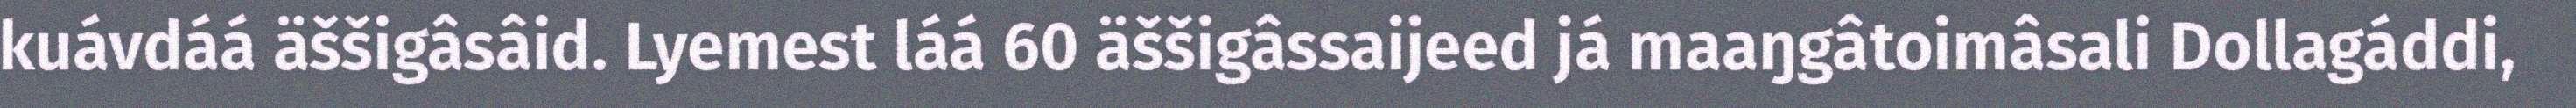
kuávdáá äššigâsâid. Lyemest láá 60 äššigâssaijeed já maaŋgâtoimâsali Dollagáddi,